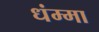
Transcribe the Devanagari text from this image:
धंम्मा